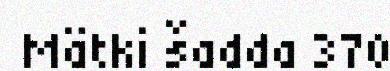
Mätki šadda 370